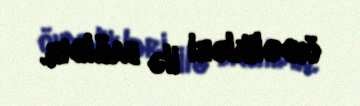
öhdəlikləri ilə bağlıdır.